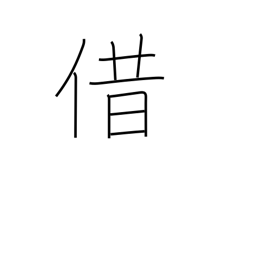
Meaning: borrow